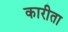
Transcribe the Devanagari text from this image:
कारीता